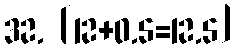
32. [12+0.5=12.5]